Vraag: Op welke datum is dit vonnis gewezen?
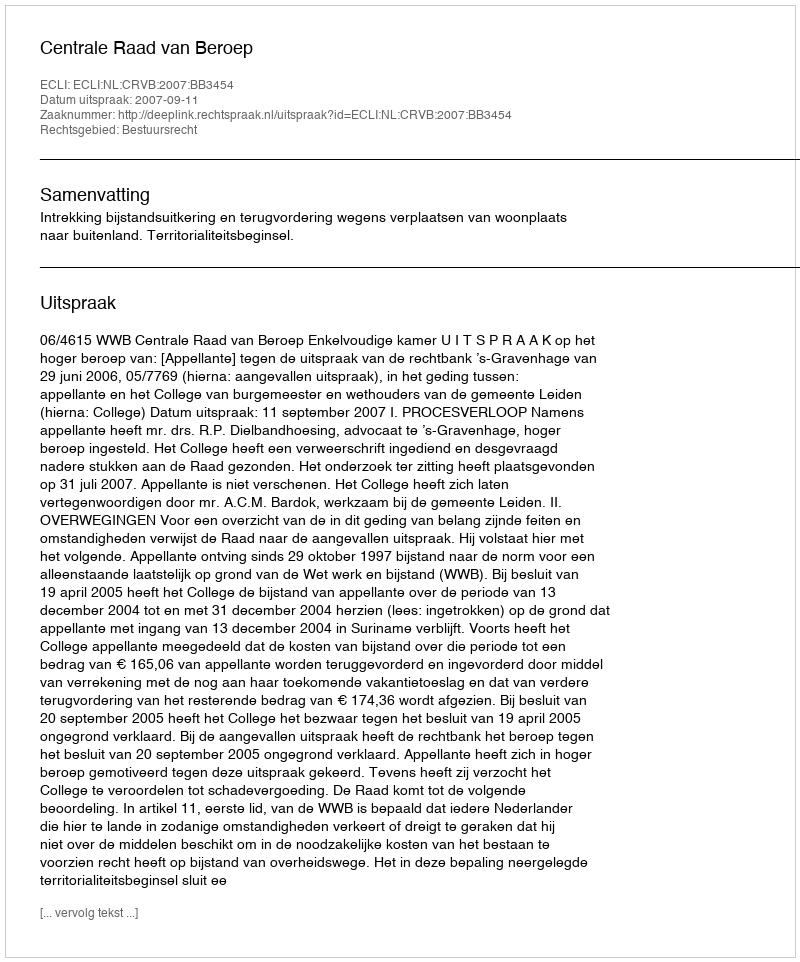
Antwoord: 2007-09-11